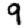
Digit: 9